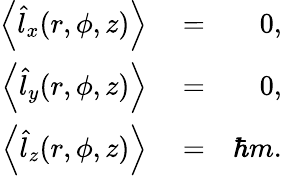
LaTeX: \begin{array}{rlr}{\left\langle\hat{l}_{x}(r,\phi,z)\right\rangle}&{{}=}&{0,}\\ {\left\langle\hat{l}_{y}(r,\phi,z)\right\rangle}&{{}=}&{0,}\\ {\left\langle\hat{l}_{z}(r,\phi,z)\right\rangle}&{{}=}&{\hbar m.}\end{array}